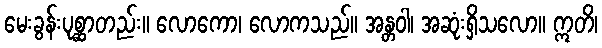
မေးခွန်းပုစ္ဆာတည်း။ လောကော၊ လောကသည်။ အန္တဝါ၊ အဆုံးရှိသလော။ ဣတိ၊